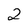
Character: 2